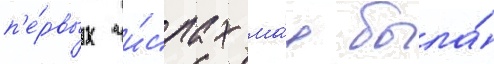
п'е́рвых чи́слах ма́я была́